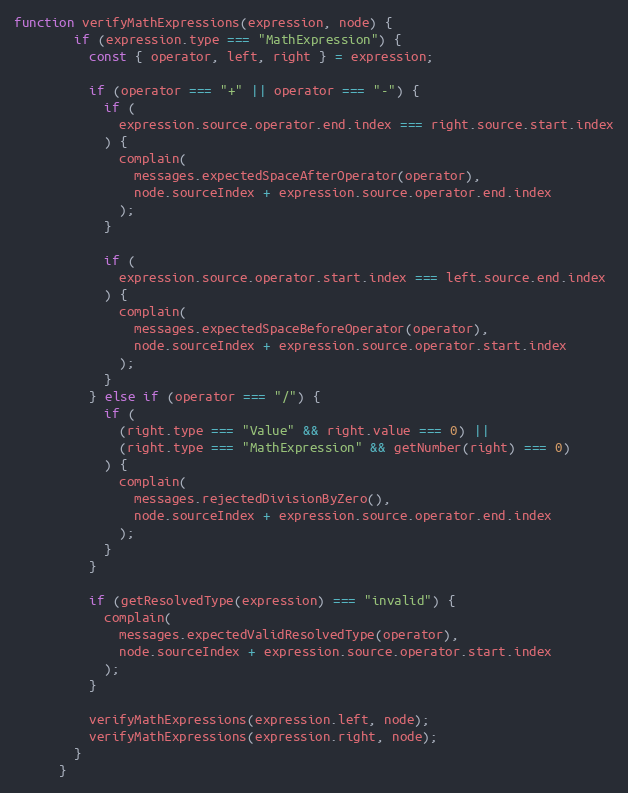
Language: JavaScript
function verifyMathExpressions(expression, node) {
        if (expression.type === "MathExpression") {
          const { operator, left, right } = expression;

          if (operator === "+" || operator === "-") {
            if (
              expression.source.operator.end.index === right.source.start.index
            ) {
              complain(
                messages.expectedSpaceAfterOperator(operator),
                node.sourceIndex + expression.source.operator.end.index
              );
            }

            if (
              expression.source.operator.start.index === left.source.end.index
            ) {
              complain(
                messages.expectedSpaceBeforeOperator(operator),
                node.sourceIndex + expression.source.operator.start.index
              );
            }
          } else if (operator === "/") {
            if (
              (right.type === "Value" && right.value === 0) ||
              (right.type === "MathExpression" && getNumber(right) === 0)
            ) {
              complain(
                messages.rejectedDivisionByZero(),
                node.sourceIndex + expression.source.operator.end.index
              );
            }
          }

          if (getResolvedType(expression) === "invalid") {
            complain(
              messages.expectedValidResolvedType(operator),
              node.sourceIndex + expression.source.operator.start.index
            );
          }

          verifyMathExpressions(expression.left, node);
          verifyMathExpressions(expression.right, node);
        }
      }